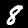
Digit: 8